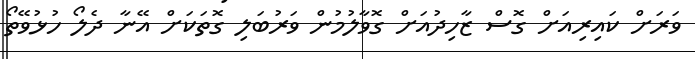
ވަރަށް ކައިރިއަށް ގޮސް ޒާހިދުއަށް ގޮވާލުމުން ވަރުބަލި ގޮތަކަށް އޭނާ ދެލޯ ހުޅުވޭތޯ